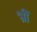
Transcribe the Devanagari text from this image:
भ्रीं